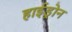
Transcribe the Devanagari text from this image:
हाईड्रोन